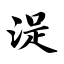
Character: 浞